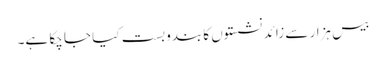
بیس ہزار سے زائد نشستوں کا بندوبست کیا جا چکا ہے۔